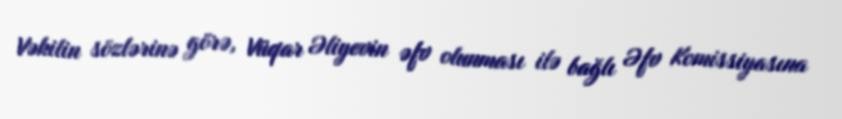
Vəkilin sözlərinə görə, Vüqar Əliyevin əfv olunması ilə bağlı Əfv Komissiyasına